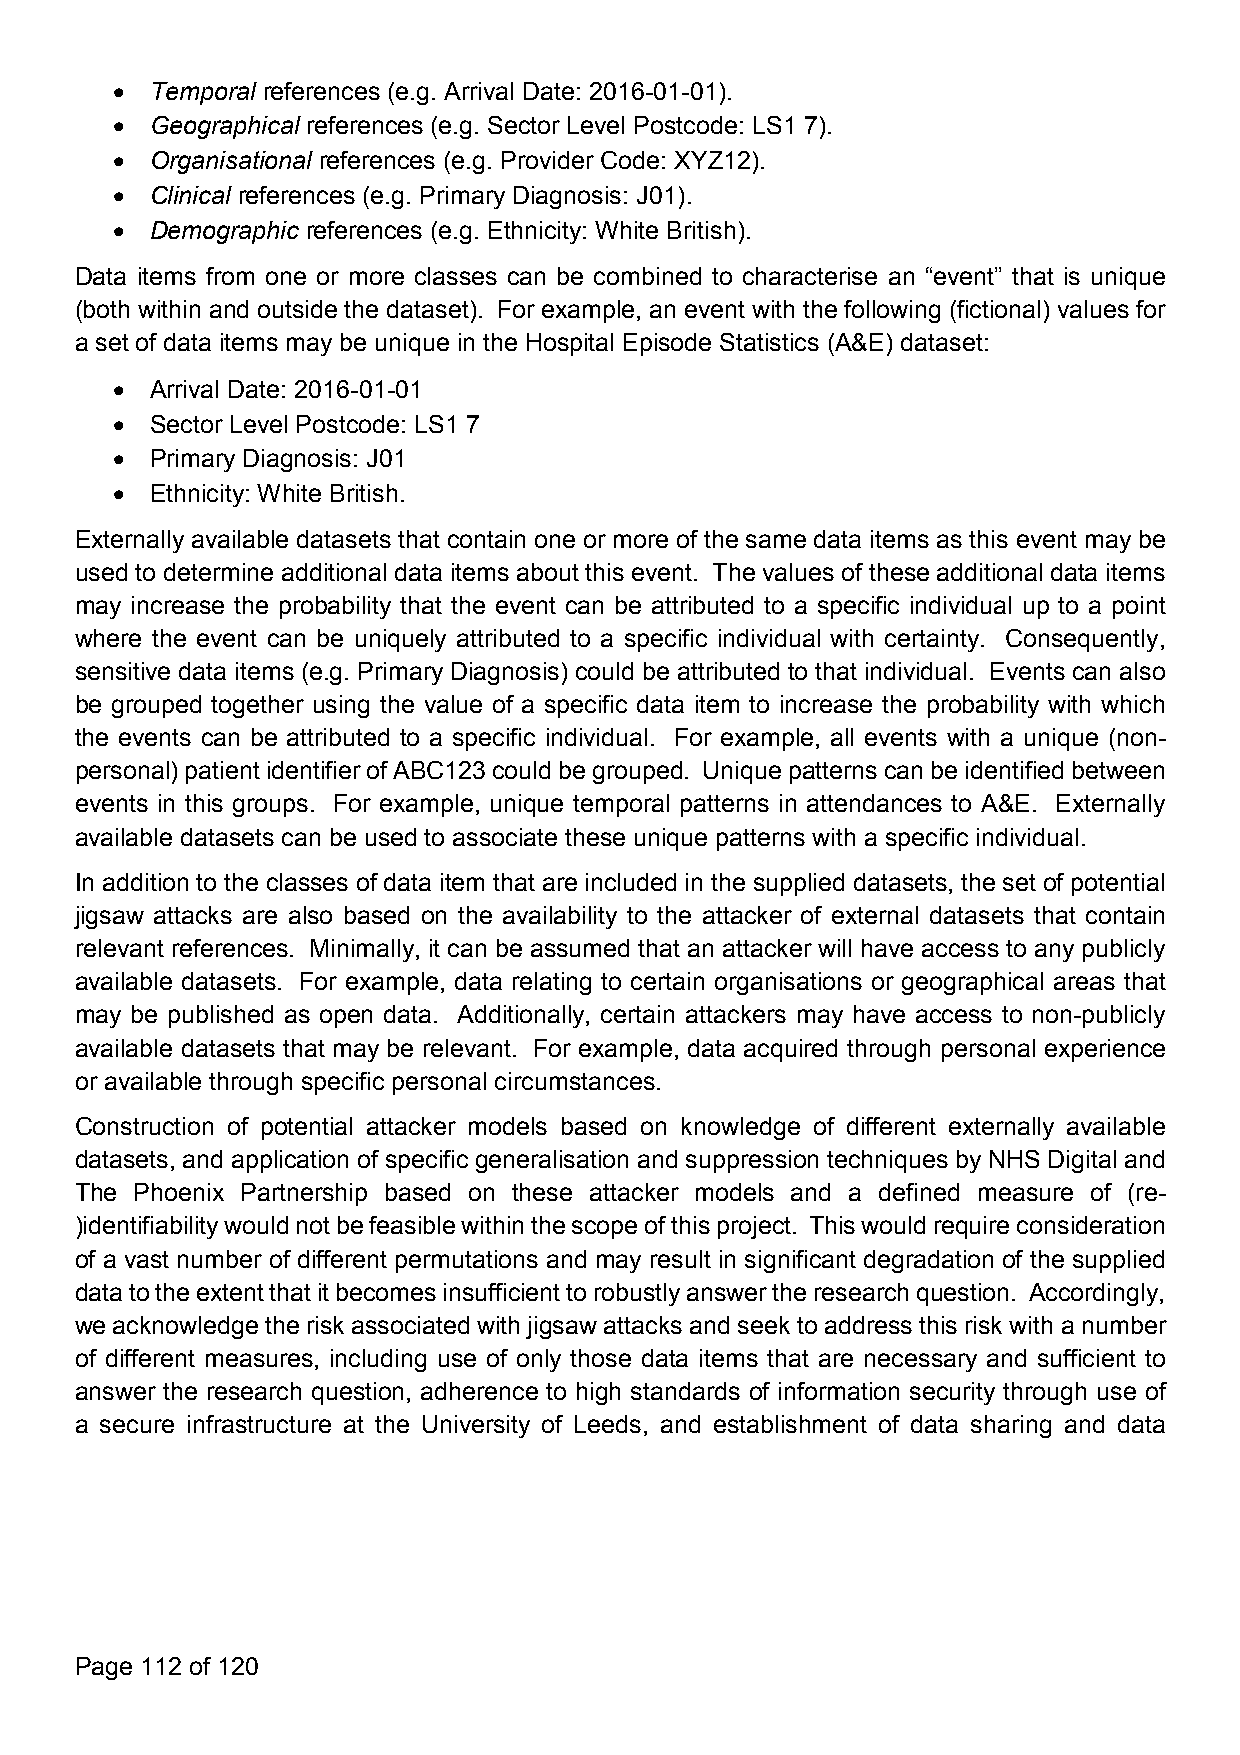
  Temporal references (e.g. Arrival Date: 2016-01-01).
   Geographical references (e.g. Sector Level Postcode: LS1 7).
   Organisational references (e.g. Provider Code: XYZ12).
   Clinical references (e.g. Primary Diagnosis: J01).
   Demographic references (e.g. Ethnicity: White British).
 Data items from one or more classes can be combined to characterise an “event” that is unique
 (both within and outside the dataset). For example, an event with the following (fictional) values for
 a set of data items may be unique in the Hospital Episode Statistics (A&E) dataset:
   Arrival Date: 2016-01-01
   Sector Level Postcode: LS1 7
   Primary Diagnosis: J01
   Ethnicity: White British.
 Externally available datasets that contain one or more of the same data items as this event may be
 used to determine additional data items about this event. The values of these additional data items
 may increase the probability that the event can be attributed to a specific individual up to a point
 where the event can be uniquely attributed to a specific individual with certainty. Consequently,
 sensitive data items (e.g. Primary Diagnosis) could be attributed to that individual. Events can also
 be grouped together using the value of a specific data item to increase the probability with which
 the events can be attributed to a specific individual. For example, all events with a unique (non-
 personal)patientidentifierofABC123couldbegrouped. Uniquepatternscanbeidentifiedbetween
 events in this groups. For example, unique temporal patterns in attendances to A&E. Externally
 available datasets can be used to associate these unique patterns with a specific individual.
 In addition to the classes of data item that are included in the supplied datasets, the set of potential
 jigsaw attacks are also based on the availability to the attacker of external datasets that contain
 relevant references. Minimally, it can be assumed that an attacker will have access to any publicly
 available datasets. For example, data relating to certain organisations or geographical areas that
 may be published as open data. Additionally, certain attackers may have access to non-publicly
 available datasets that may be relevant. For example, data acquired through personal experience
 or available through specific personal circumstances.
 Construction of potential attacker models based on knowledge of different externally available
 datasets, and application of specific generalisation and suppression techniques by NHS Digital and
 The Phoenix Partnership based on these attacker models and a defined measure of (re-
 )identifiabilitywouldnotbefeasiblewithinthescopeofthisproject. Thiswouldrequireconsideration
 of a vast number of different permutations and may result in significant degradation of the supplied
 datatotheextentthatitbecomesinsufficienttorobustlyanswertheresearchquestion. Accordingly,
 we acknowledge the riskassociated with jigsawattacksand seektoaddressthisriskwith a number
 of different measures, including use of only those data items that are necessary and sufficient to
 answer the research question, adherence to high standards of information security through use of
 a secure infrastructure at the University of Leeds, and establishment of data sharing and data
 Page 112 of 120